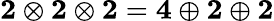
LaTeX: {\mathbf{2}}\otimes{\mathbf{2}}\otimes{\mathbf{2}}={\mathbf{4}}\oplus{\mathbf{2}}\oplus{\mathbf{2}}